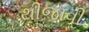
થીજાવી